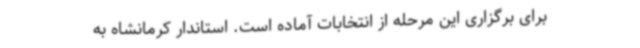
برای برگزاری این مرحله از انتخابات آماده است. استاندار کرمانشاه به